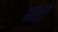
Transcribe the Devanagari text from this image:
मंटों